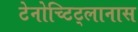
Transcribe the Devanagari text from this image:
टेनोच्टिट्लानास